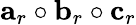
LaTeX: \mathbf{a}_{r}\circ\mathbf{b}_{r}\circ\mathbf{c}_{r}